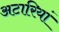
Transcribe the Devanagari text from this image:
अटारियां